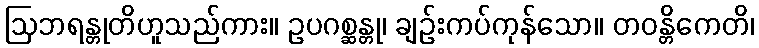
ဩဘရန္တုတိဟူသည်ကား။ ဥပဂစ္ဆန္တု၊ ချဉ်းကပ်ကုန်သော။ တဝန္တိကေတိ၊